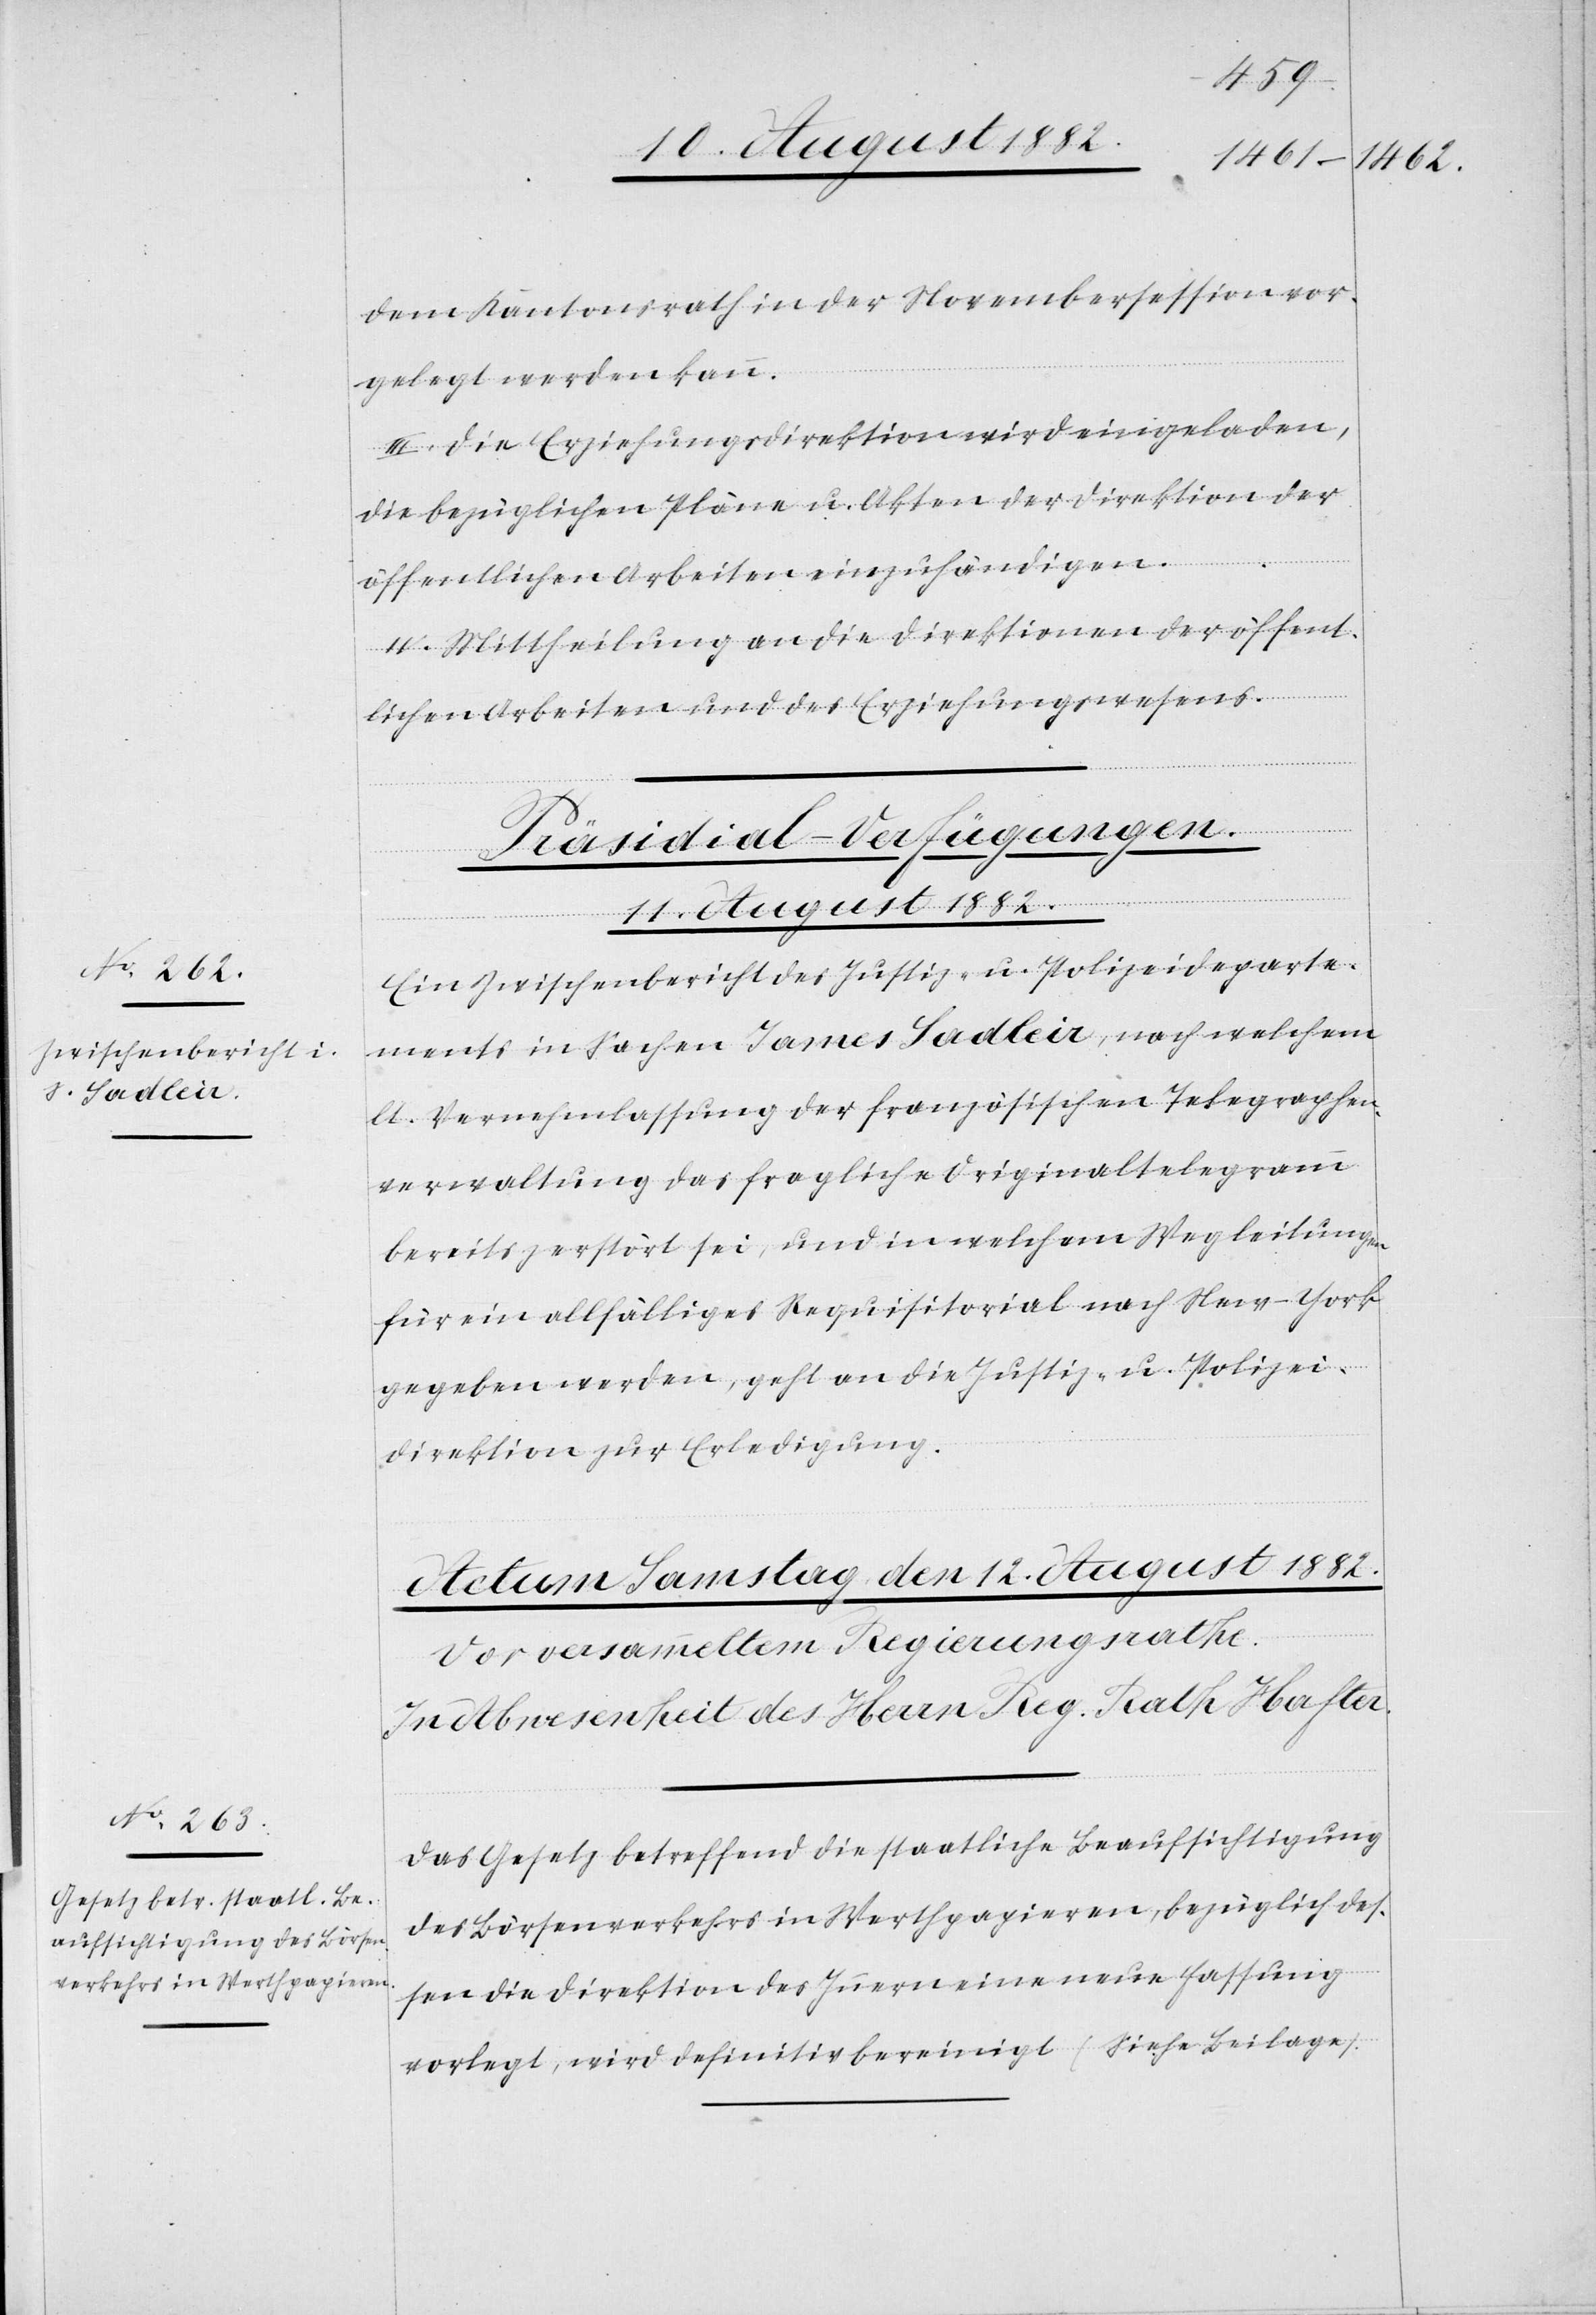
10. August 1882.
dem Kantonsrath in der Novembersession vor¬
gelegt werden kann.
III: Die Erziehungsdirektion wird eingeladen,
die bezüglichen Pläne u. Akten der Direktion der
öffentlichen Arbeiten einzuhändigen.
IV. Mittheilung an die Direktionen der öffent¬
lichen Arbeiten und des Erziehungswesens.
Präsidial-Verfügungen.
Ein Zwischenbericht des Justiz- u. Polizeideparte¬
ments in Sachen James Sadleir, nach welchem
lt. Vernehmlassung der französischen Telegraphen¬
verwaltung das fragliche Originaltelegramm
bereits zerstört sei, und in welchem Wegleitungen
für ein allfälliges Requisitorial nach New-York
gegeben werden, geht an die Justiz- & Polizei¬
direktion zur Erledigung.
Das Gesetz betreffend die staatliche Beaufsichtigung
des Börsenverkehrs in Werthpapieren, bezüglich des¬
sen die Direktion des Innern neue Fassung
vorlegt, wird definitiv bereinigt (Siehe Beilage).